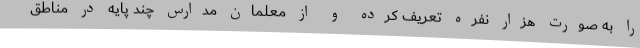
را به صورت هزار نفره تعریف کرده‌ و از معلمان مدارس چند پایه در مناطق